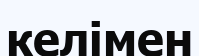
келімен